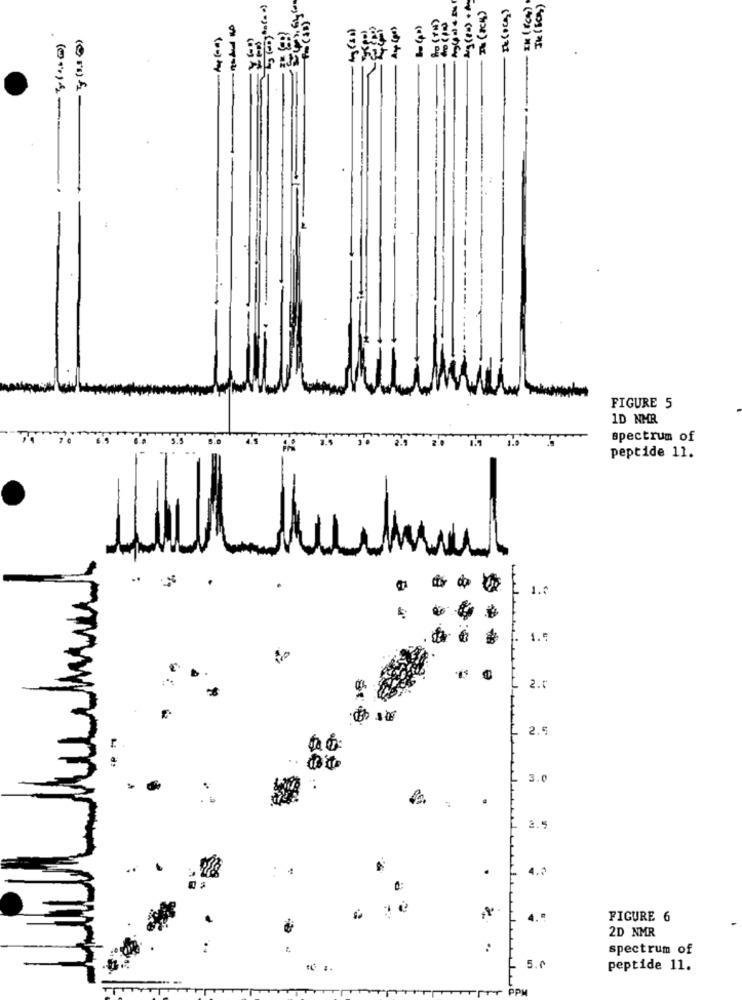
necoces
The ( BOB )
(0+)4-
FIGURE 5
1D NMR
spectrum of
peptide 11.
..
.
.
1.0
1.
.
2.0
2.5
..
3.0
.
2.5
.
4.2
4.ª
FIGURE 6
2D NMR
:
spectrum of
5.0
peptide 11.
TITT PPM